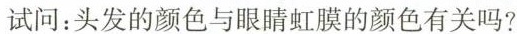
试问：头发的颜色与眼睛虹膜的颜色有关吗?